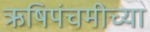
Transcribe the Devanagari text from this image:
ऋषिपंचमीच्या